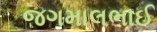
જગમાલભાઈ